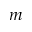
m